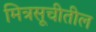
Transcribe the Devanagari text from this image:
मित्रसूचीतील